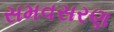
સમવસરણ